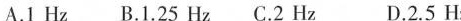
A.1Hz B.1.25Hz C.2Hz D.2.5Hz